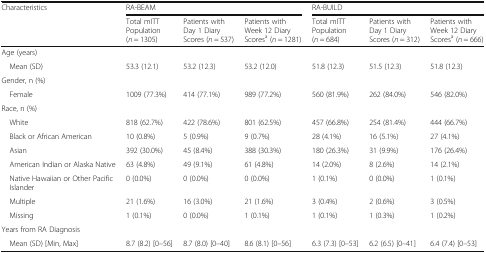
<table><thead><tr><td rowspan="2"><b>Characteristics</b></td><td colspan="3"><b>RA-BEAM</b></td><td colspan="3"><b>RA-BUILD</b></td></tr><tr><td><b>Total mITT Population (<i>n</i> = 1305)</b></td><td><b>Patients with Day 1 Diary Scores (<i>n</i> = 537)</b></td><td><b>Patients with Week 12 Diary Scores<sup>a</sup> (<i>n</i> = 1281)</b></td><td><b>Total mITT Population (<i>n</i> = 684)</b></td><td><b>Patients with Day 1 Diary Scores (<i>n</i> = 312)</b></td><td><b>Patients with Week 12 Diary Scores<sup>a</sup> (<i>n</i> = 666)</b></td></tr></thead><tbody><tr><td>Age (years)</td><td></td><td></td><td></td><td></td><td></td><td></td></tr><tr><td> Mean (SD)</td><td>53.3 (12.1)</td><td>53.2 (12.3)</td><td>53.2 (12.0)</td><td>51.8 (12.3)</td><td>51.5 (12.3)</td><td>51.8 (12.3)</td></tr><tr><td>Gender, n (%)</td><td></td><td></td><td></td><td></td><td></td><td></td></tr><tr><td> Female</td><td>1009 (77.3%)</td><td>414 (77.1%)</td><td>989 (77.2%)</td><td>560 (81.9%)</td><td>262 (84.0%)</td><td>546 (82.0%)</td></tr><tr><td>Race, n (%)</td><td></td><td></td><td></td><td></td><td></td><td></td></tr><tr><td> White</td><td>818 (62.7%)</td><td>422 (78.6%)</td><td>801 (62.5%)</td><td>457 (66.8%)</td><td>254 (81.4%)</td><td>444 (66.7%)</td></tr><tr><td> Black or African American</td><td>10 (0.8%)</td><td>5 (0.9%)</td><td>9 (0.7%)</td><td>28 (4.1%)</td><td>16 (5.1%)</td><td>27 (4.1%)</td></tr><tr><td> Asian</td><td>392 (30.0%)</td><td>45 (8.4%)</td><td>388 (30.3%)</td><td>180 (26.3%)</td><td>31 (9.9%)</td><td>176 (26.4%)</td></tr><tr><td> American Indian or Alaska Native</td><td>63 (4.8%)</td><td>49 (9.1%)</td><td>61 (4.8%)</td><td>14 (2.0%)</td><td>8 (2.6%)</td><td>14 (2.1%)</td></tr><tr><td> Native Hawaiian or Other Pacific Islander</td><td>0 (0.0%)</td><td>0 (0.0%)</td><td>0 (0.0%)</td><td>1 (0.1%)</td><td>0 (0.0%)</td><td>1 (0.1%)</td></tr><tr><td> Multiple</td><td>21 (1.6%)</td><td>16 (3.0%)</td><td>21 (1.6%)</td><td>3 (0.4%)</td><td>2 (0.6%)</td><td>3 (0.5%)</td></tr><tr><td> Missing</td><td>1 (0.1%)</td><td>0 (0.0%)</td><td>1 (0.1%)</td><td>1 (0.1%)</td><td>1 (0.3%)</td><td>1 (0.2%)</td></tr><tr><td>Years from RA Diagnosis</td><td></td><td></td><td></td><td></td><td></td><td></td></tr><tr><td> Mean (SD) [Min, Max]</td><td>8.7 (8.2) [0–56]</td><td>8.7 (8.0) [0–40]</td><td>8.6 (8.1) [0–56]</td><td>6.3 (7.3) [0–53]</td><td>6.2 (6.5) [0–41]</td><td>6.4 (7.4) [0–53]</td></tr></tbody></table>